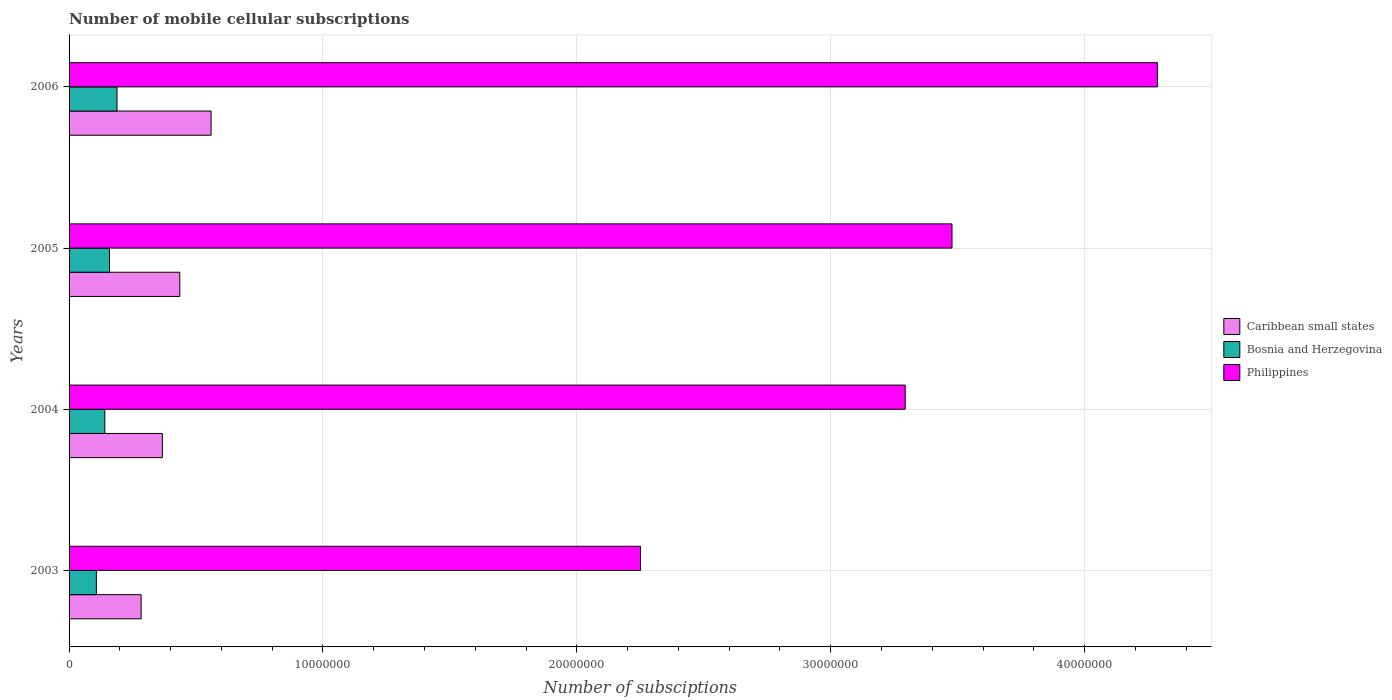
| Years | Caribbean small states | Bosnia and Herzegovina | Philippines |
 | --- | --- | --- | --- |
 | 2003 | 2.84e+06 | 1.07e+06 | 2.25e+07 |
 | 2004 | 3.68e+06 | 1.41e+06 | 3.29e+07 |
 | 2005 | 4.36e+06 | 1.59e+06 | 3.48e+07 |
 | 2006 | 5.59e+06 | 1.89e+06 | 4.29e+07 |